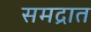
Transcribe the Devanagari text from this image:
समद्रात